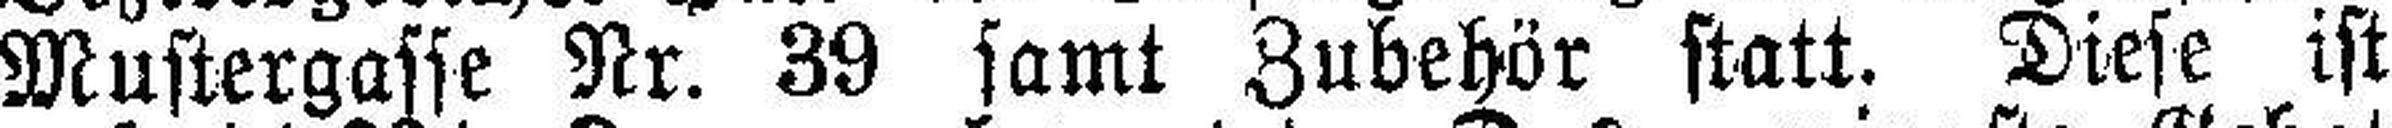
Mustergasse Nr. 39 samt Zubehör statt. Diese ist